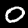
Digit: 0